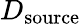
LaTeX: D_{\mathrm{source}}